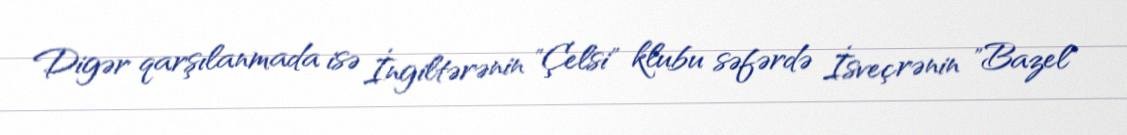
Digər qarşılanmada isə İngiltərənin "Çelsi" klubu səfərdə İsveçrənin "Bazel"